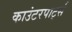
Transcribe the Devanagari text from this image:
काउंटरपार्ट्स